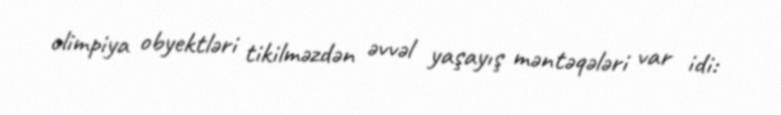
olimpiya obyektləri tikilməzdən əvvəl yaşayış məntəqələri var idi: